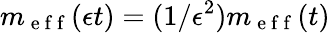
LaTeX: m_{\mathrm{~e~f~f~}}(\epsilon t)=(1/\epsilon^{2})m_{\mathrm{~e~f~f~}}(t)